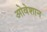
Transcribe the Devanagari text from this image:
ओवेशान